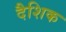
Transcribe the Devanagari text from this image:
दैशिक